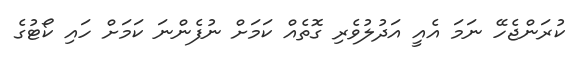
ކުރަންޖެހޭ ނަމަ އެއީ އަދުލުވެރި ގޮތެއް ކަމަށް ނުފެންނަ ކަމަށް ހައި ކޯޓުގެ